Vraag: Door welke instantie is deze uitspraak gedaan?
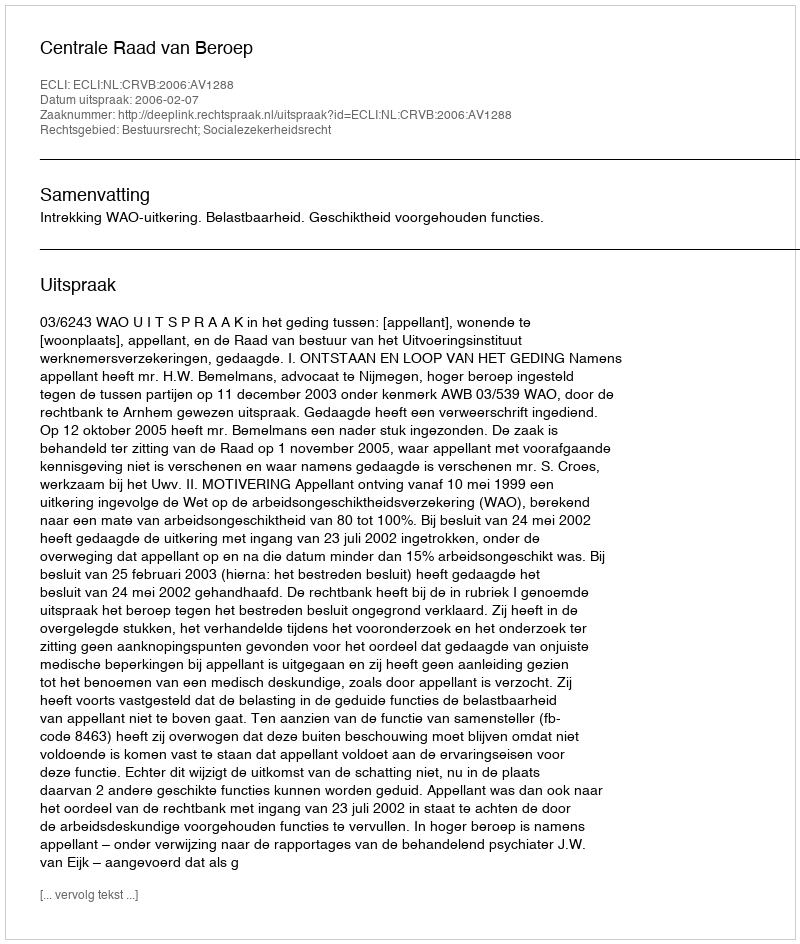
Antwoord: Centrale Raad van Beroep